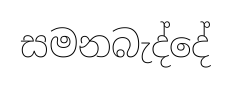
සමනබැද්දේ